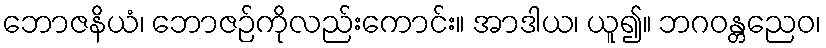
ဘောဇနိယံ၊ ဘောဇဉ်ကိုလည်းကောင်း။ အာဒါယ၊ ယူ၍။ ဘဂဝန္တညေဝ၊